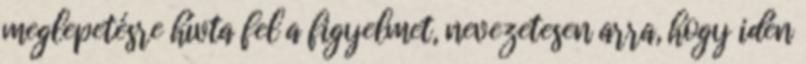
meglepetésre hívta fel a figyelmet, nevezetesen arra, hogy idén